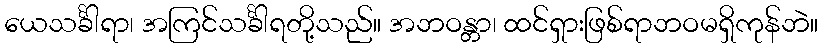
ယေသင်္ခါရာ၊ အကြင်သင်္ခါရတို့သည်။ အဘဝန္တာ၊ ထင်ရှားဖြစ်ရာဘဝမရှိကုန်ဘဲ။